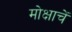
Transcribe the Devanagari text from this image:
मोक्षाचें